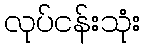
လုပ်ငန်းသုံး